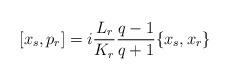
LaTeX: \begin{align*}[x_s,p_r] = i \frac{L_r}{K_r} \frac{q-1}{q+1} \{ x_s, x_r\}\end{align*}